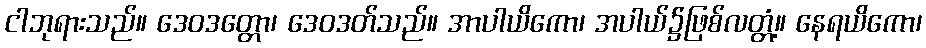
ငါဘုရားသည်။ ဒေဝဒတ္တော၊ ဒေဝဒတ်သည်။ အာပါယိကော၊ အပါယ်၌ဖြစ်လတ္တံ့။ နေရယိကော၊